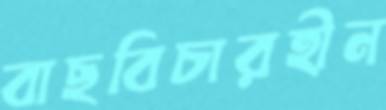
বাছবিচারহীন